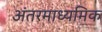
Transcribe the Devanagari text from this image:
अंतरमाध्यमिक